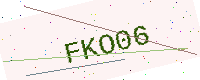
Text: FKO06